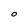
Character: O